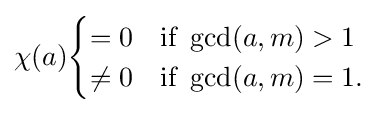
\chi (a){\begin{cases}=0&{\text{if }}\gcd(a,m)>1\\\neq 0&{\text{if }}\gcd(a,m)=1.\end{cases}}